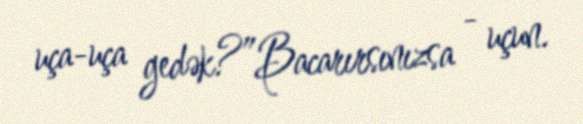
uça-uça gedək?”Bacarırsınızsa - uçun.